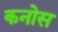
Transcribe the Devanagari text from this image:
कनोस